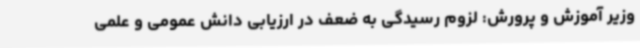
وزیر آموزش و پرورش: لزوم رسیدگی به ضعف در ارزیابی دانش عمومی و علمی